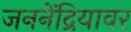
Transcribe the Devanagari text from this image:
जननेंद्रियावर